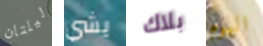
ليلتان يشي بلاك اليوم